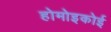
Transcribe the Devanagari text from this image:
होमोइकोई